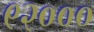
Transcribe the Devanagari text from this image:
९२०००